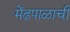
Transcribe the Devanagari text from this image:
मेंढपाळाची